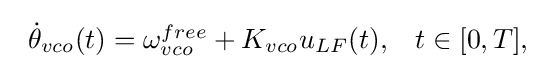
{\begin{array}{ll}{\dot {\theta }}_{vco}(t)=\omega _{vco}^{free}+K_{vco}u_{LF}(t),&t\in [0,T],\end{array}}